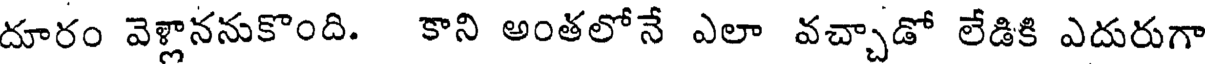
దూరం వెళ్లాననుకొంది. కాని అంతలోనే ఎలా వచ్చాడో లేడికి ఎదురుగా